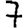
Digit: 7